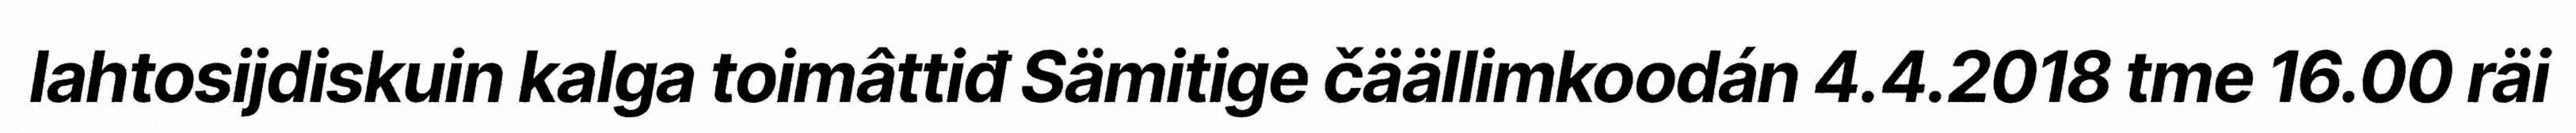
lahtosijdiskuin kalga toimâttiđ Sämitige čäällimkoodán 4.4.2018 tme 16.00 räi